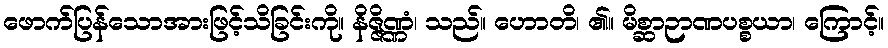
ဖောက်ပြန်သောအားဖြင့်သိခြင်းကို။ နိဇ္ဇိဏ္ဏံ၊ သည်။ ဟောတိ၊ ၏။ မိစ္ဆာဉာဏပစ္စယာ၊ ကြောင့်။